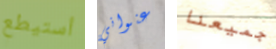
أستيطع عنواني جميعنا